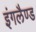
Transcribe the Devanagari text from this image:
इंगलैण्‍ड